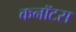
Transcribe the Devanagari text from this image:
कनॉटस